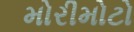
મોરીમોટો